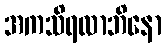
အကသိရလာဘိနော